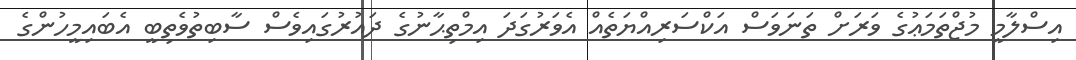
އިސްލާމީ މުޖްތަމަޢުގެ ވަރަށް ތަނަވަސް އަކްސަރިއްޔަތެއް އެވަރުގަދަ އިމްތިޙާނުގެ ދައުރުގައިވެސް ސާބިތުވެތިބީ އެބައިމީހުންގެ